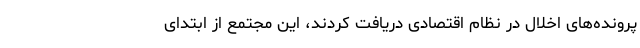
پرونده‌های اخلال در نظام اقتصادی دریافت کردند، این مجتمع از ابتدای